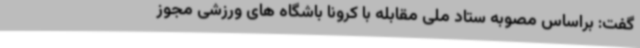
گفت: براساس مصوبه ستاد ملی مقابله با کرونا باشگاه های ورزشی مجوز